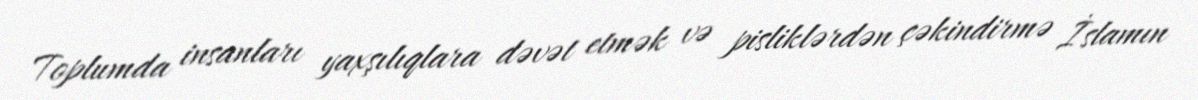
Toplumda insanları yaxşılıqlara dəvət etmək və pisliklərdən çəkindirmə İslamın